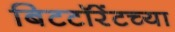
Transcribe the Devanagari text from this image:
बिटटॉरेंटच्या